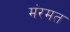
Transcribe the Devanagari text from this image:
मंरमत